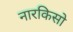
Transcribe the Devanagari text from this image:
नारकिसो